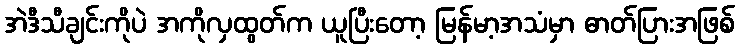
အဲဒီသီချင်းကိုပဲ အကိုလှထွတ်က ယူပြီးတော့ မြန်မာ့အသံမှာ ဓာတ်ပြားအဖြစ်